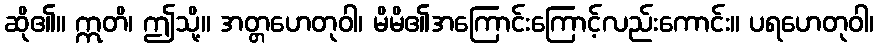
ဆို၏။ ဣတိ၊ ဤသို့။ အတ္တဟေတုဝါ၊ မိမိ၏အကြောင်းကြောင့်လည်းကောင်း။ ပရဟေတုဝါ၊